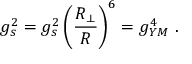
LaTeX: g _ { s } ^ { 2 } = g _ { s } ^ { 2 } \left( { \frac { { R } _ { \perp } } { R } } \right) ^ { 6 } = g _ { Y M } ^ { 4 } \ .